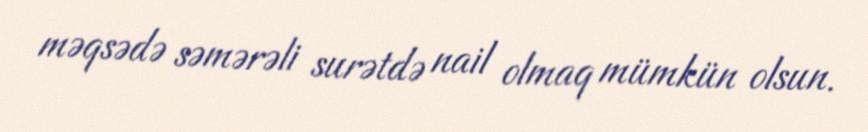
məqsədə səmərəli surətdə nail olmaq mümkün olsun.